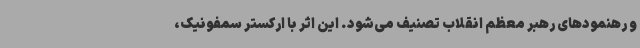
و رهنمودهای رهبر معظم انقلاب تصنیف می‌شود. این اثر با ارکستر سمفونیک،